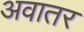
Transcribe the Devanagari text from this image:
अवातर